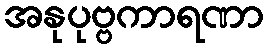
အနုပုဗ္ဗကာရဏာ